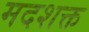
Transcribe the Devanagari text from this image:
मदशक्त